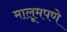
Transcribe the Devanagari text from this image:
मालूमपणे